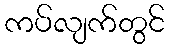
ကပ်လျက်တွင်